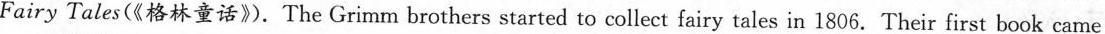
Fairy Tales(《格林童话》.The Grimm brothers started to collect fairy tales in 1806. Their first book came